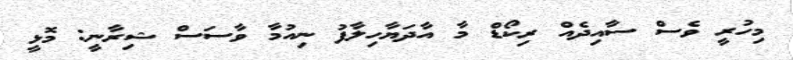
މިހުރީ ވެސް ސާއިދެއް ރިކޯޑް މާ އާދަޔާހިލާފު ނިއުމާ ވާސަސް ޝިރާނީ: މޮޅީ